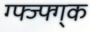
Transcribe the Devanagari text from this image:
ग्फ्ज्फ्ग्क